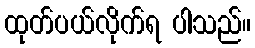
ထုတ်ပယ်လိုက်ရ ပါသည်။